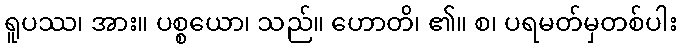
ရူပဿ၊ အား။ ပစ္စယော၊ သည်။ ဟောတိ၊ ၏။ စ၊ ပရမတ်မှတစ်ပါး